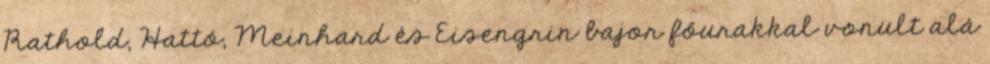
Rathold, Hattó, Meinhard és Eisengrin bajor főurakkal vonult alá